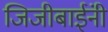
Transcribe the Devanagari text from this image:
जिजीबाईंनी